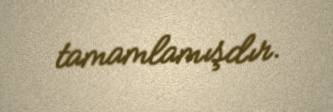
tamamlamışdır.